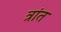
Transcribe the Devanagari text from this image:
त्रांत